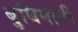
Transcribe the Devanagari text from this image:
बुधिमानी